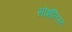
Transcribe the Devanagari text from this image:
सोशॅलिस्ट